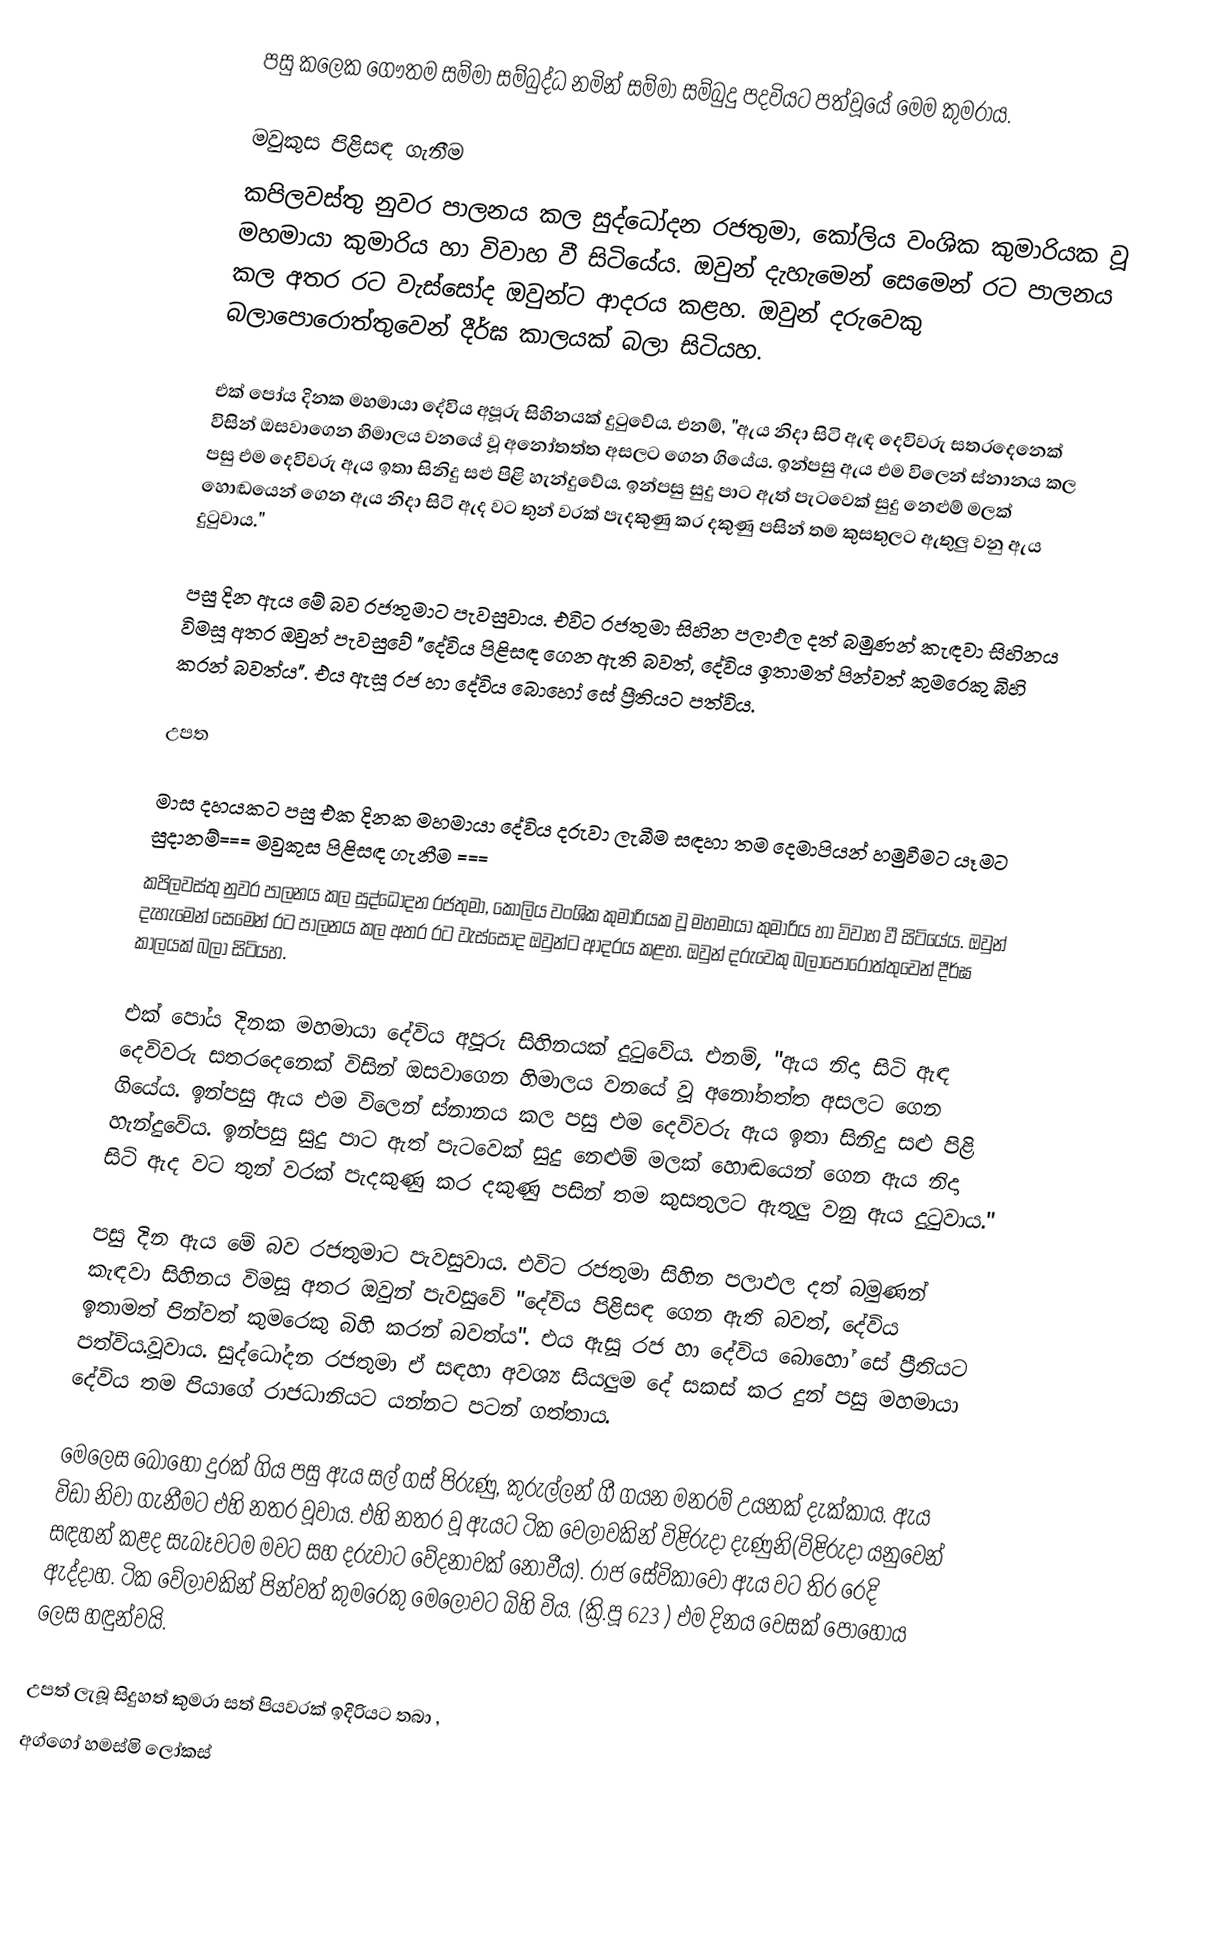
පසු කලෙක ගෞතම සම්මා සම්බුද්ධ නමින් සම්මා සම්බුදු පදවියට පත්වූයේ මෙම කුමරාය.

මවුකුස පිළිසඳ ගැනීම
කපිලවස්තු නුවර පාලනය කල සුද්ධෝදන රජතුමා, කෝලිය වංශික කුමාරියක වූ මහමායා කුමාරිය හා විවාහ වී සිටියේය. ඔවුන් දැහැමෙන් සෙමෙන් රට පාලනය කල අතර රට වැස්සෝද ඔවුන්ට ආදරය කළහ. ඔවුන් දරුවෙකු බලාපොරොත්තුවෙන් දීර්ඝ කාලයක් බලා සිටියහ.

එක් පෝය දිනක මහමායා දේවිය අපූරු සිහිනයක් දුටුවේය. එනම්, "ඇය නිදා සිටි ඇඳ දෙවිවරු සතරදෙනෙක් විසින් ඔසවාගෙන හිමාලය වනයේ වූ අනෝතත්ත අසලට ගෙන ගියේය. ඉන්පසු ඇය එම විලෙන් ස්නානය කල පසු එම දෙවිවරු ඇය ඉතා සිනිදු සළු පිළි හැන්දුවේය. ඉන්පසු සුදු පාට ඇත් පැටවෙක් සුදු නෙළුම් මලක් හොඬයෙන් ගෙන ඇය නිදා සිටි ඇද වට තුන් වරක් පැදකුණු කර දකුණු පසින් තම කුසතුලට ඇතුලු වනු ඇය දුටුවාය."

පසු දින ඇය මේ බව රජතුමාට පැවසුවාය. එවිට රජතුමා සිහින පලාඵල දත් බමුණන් කැඳවා සිහිනය විමසූ අතර ඔවුන් පැවසුවේ "දේවිය පිළිසඳ ගෙන ඇති බවත්, දේවිය ඉතාමත් පින්වත් කුමරෙකු බිහි කරන් බවත්ය". එය ඇසූ රජ හා දේවිය බොහෝ සේ ප්‍රීතියට පත්විය.

උපත

මාස දහයකට පසු එක දිනක මහමායා දේවිය දරුවා ලැබීම සඳහා තම දෙමාපියන් හමුවීමට යෑමට සුදානම්=== මවුකුස පිළිසඳ ගැනීම ===
කපිලවස්තු නුවර පාලනය කල සුද්ධෝදන රජතුමා, කෝලිය වංශික කුමාරියක වූ මහමායා කුමාරිය හා විවාහ වී සිටියේය. ඔවුන් දැහැමෙන් සෙමෙන් රට පාලනය කල අතර රට වැස්සෝද ඔවුන්ට ආදරය කළහ. ඔවුන් දරුවෙකු බලාපොරොත්තුවෙන් දීර්ඝ කාලයක් බලා සිටියහ.

එක් පෝය දිනක මහමායා දේවිය අපූරු සිහිනයක් දුටුවේය. එනම්, "ඇය නිදා සිටි ඇඳ දෙවිවරු සතරදෙනෙක් විසින් ඔසවාගෙන හිමාලය වනයේ වූ අනෝතත්ත අසලට ගෙන ගියේය. ඉන්පසු ඇය එම විලෙන් ස්නානය කල පසු එම දෙවිවරු ඇය ඉතා සිනිදු සළු පිළි හැන්දුවේය. ඉන්පසු සුදු පාට ඇත් පැටවෙක් සුදු නෙළුම් මලක් හොඬයෙන් ගෙන ඇය නිදා සිටි ඇද වට තුන් වරක් පැදකුණු කර දකුණු පසින් තම කුසතුලට ඇතුලු වනු ඇය දුටුවාය."

පසු දින ඇය මේ බව රජතුමාට පැවසුවාය. එවිට රජතුමා සිහින පලාඵල දත් බමුණන් කැඳවා සිහිනය විමසූ අතර ඔවුන් පැවසුවේ "දේවිය පිළිසඳ ගෙන ඇති බවත්, දේවිය ඉතාමත් පින්වත් කුමරෙකු බිහි කරන් බවත්ය". එය ඇසූ රජ හා දේවිය බොහෝ සේ ප්‍රීතියට පත්විය.වූවාය. සුද්ධෝදන රජතුමා ඒ සඳහා අවශ්‍ය සියලුම දේ සකස් කර දුන් පසු මහමායා දේවිය තම පියාගේ රාජධානියට යන්නට පටන් ගත්තාය.

මෙලෙස බොහෝ දුරක් ගිය පසු ඇය සල් ගස් පිරුණු, කුරුල්ලන් ගී ගයන මනරම් උයනක් දැක්කාය. ඇය විඩා නිවා ගැනීමට එහි නතර වූවාය. එහි නතර වූ ඇයට ටික වෙලාවකින් විළිරුදා දැණුනි(විළිරුදා යනුවෙන් සඳහන් කළද සැබෑවටම මවට සහ දරුවාට වේදනාවක් නොවීය). රාජ සේවිකාවෝ ඇය වට තිර රෙදි ඇද්දාහ. ටික වේලාවකින් පින්වත් කුමරෙකු මෙලොවට බිහි විය. (ක්‍රි.පූ 623 ) එම දිනය වෙසක් පොහොය ලෙස හඳුන්වයි.

උපත් ලැබූ සිදුහත් කුමරා සත් පියවරක් ඉදිරියට තබා ,
අග්ගෝ හමස්මි ලෝකස්